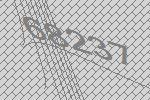
68237